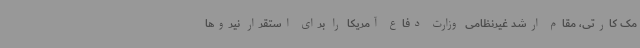
مک کارتی، مقام ارشد غیرنظامی وزارت دفاع آمریکا را برای استقرار نیروها